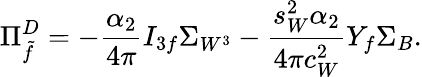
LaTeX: \Pi_{\tilde{f}}^{D}=-\frac{\alpha_{2}}{4\pi}I_{3f}\Sigma_{W^{3}}-\frac{s_{W}^{2}\alpha_{2}}{4\pi c_{W}^{2}}Y_{f}\Sigma_{B}.